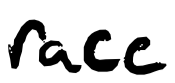
Text: race
Cross-out: clean
Writing tool: digital_black